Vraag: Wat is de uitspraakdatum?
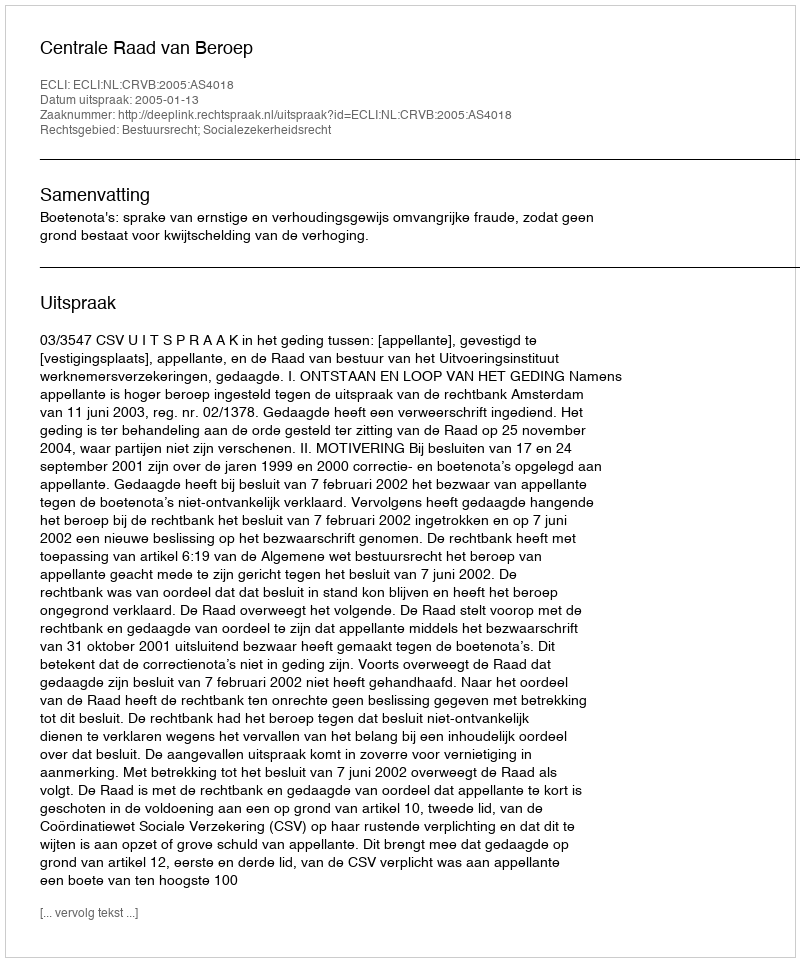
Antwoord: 2005-01-13